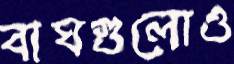
বাঘগুলোও